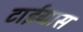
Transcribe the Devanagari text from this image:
टाईग्रास